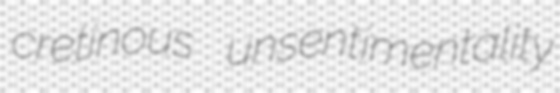
cretinous unsentimentality